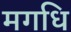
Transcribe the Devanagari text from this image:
मगधि